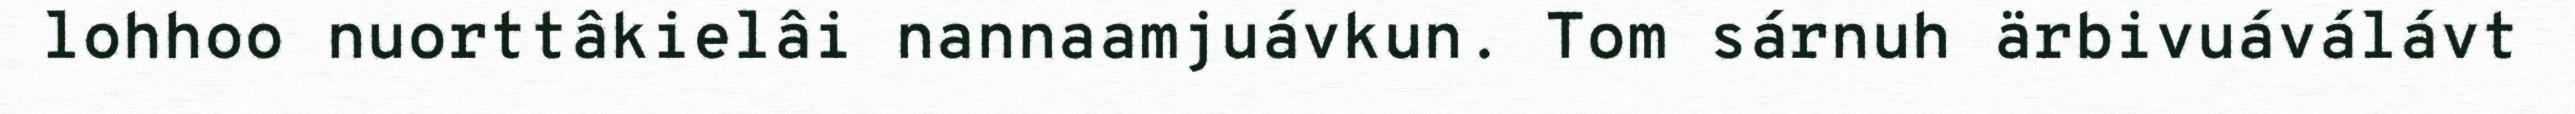
lohhoo nuorttâkielâi nannaamjuávkun. Tom sárnuh ärbivuáválávt